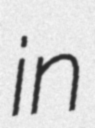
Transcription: in